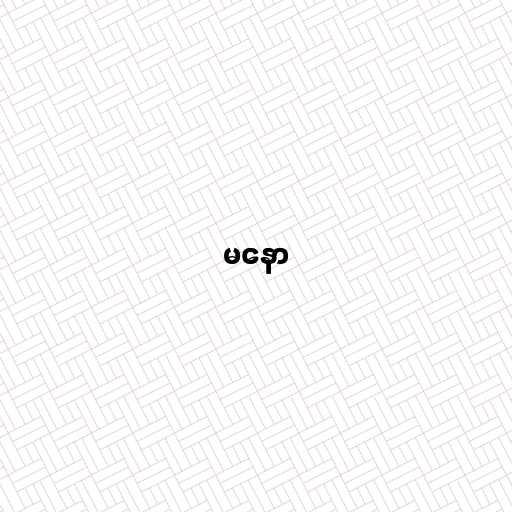
မနော